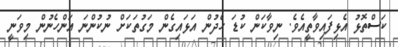
ކަސްތޮޅު އެޅިފައިވާތީއެވެ. ނިވާކަން ކުޑަ ހެދުން އަޅައިގެން މަގުތަކަށް ނުކުންނަ އަންހެނުން މިވަނީ